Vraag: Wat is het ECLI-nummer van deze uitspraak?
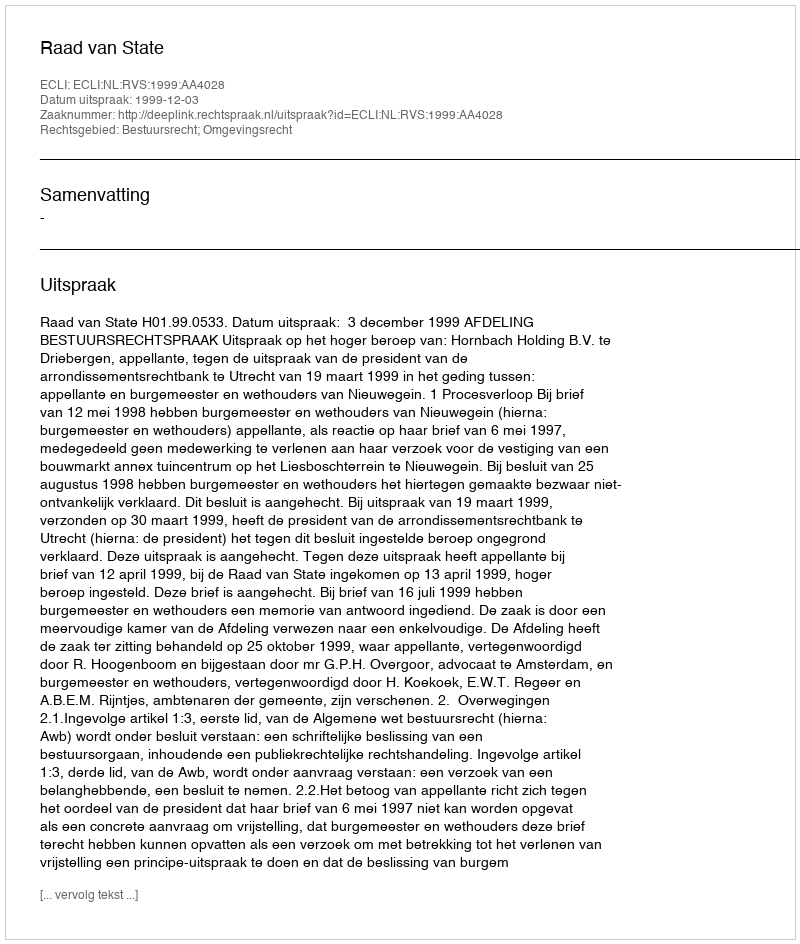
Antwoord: ECLI:NL:RVS:1999:AA4028